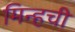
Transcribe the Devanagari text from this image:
मिन्हची